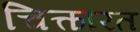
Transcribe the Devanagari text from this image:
चित्कारत